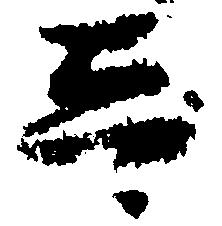
し